Regulations for the medical services of the Army of India
Year: 1930
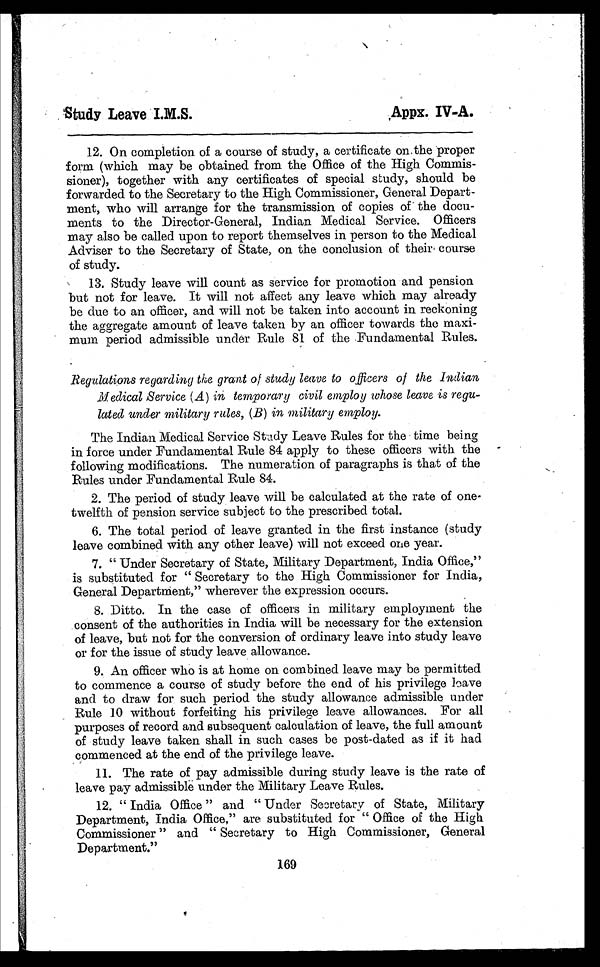
Study Leave I.M.S.
,Apex. IV-A.
12.On completion of a course of study, a certificate on the proper
form (which may be obtained from the Office of the High Commis-
sioner), together with any certificates of special study, should be
forwarded to the Secretary to the High Commissioner, General Depart-
ment, who will arrange for the transmission of copies of the docu-
ments to the Director-General, Indian Medical Service. Officers
may also be called upon to report themselves in person to the Medical
Adviser to the Secretary of State, on the conclusion of their course
of study.
13.Study leave will count as service for promotion and pension
but not for leave. It will not affect any leave which may already
be due to an officer, and will not be taken into account in reckoning
the aggregate amount of leave taken by an officer towards the maxi-
mum period admissible under Rule 81 of the Fundamental Rules.
Regulations regarding the grant of study leave to officers of the Indian
Medical Service (A ) in temporary civil employ whose leave is regu-
lated under military rules, (B) in military employ.
The Indian Medical Service Study Leave Rules for the time being
in force under Fundamental Rule 84 apply to these officers with the
following modifications. The numeration of paragraphs is that of the
Rules under Fundamental Rule 84.
2. The period of study leave will be calculated at the rate of one-
twelfth of pension service subject to the prescribed total.
6. The total period of leave granted in the first instance (study
leave combined with any other leave) will not exceed one year.
7.
“ Under Secretary of State, Military Department, India Office,”
is substituted for “ Secretary to the High Commissioner for India,
General Department,” wherever the expression occurs.
8. Ditto. In the case of officers in military employment the
consent of the authorities in India will be necessary for the extension
of leave, but not for the conversion of ordinary leave into study leave
or for the issue of study leave allowance.
9. An officer who is at home on combined leave may be permitted
to commence a course of study before the end of his privilege leave
and to draw for such period the study allowance admissible under
Rule 10 without forfeiting his privilege leave allowances. For all
purposes of record and subsequent calculation of leave, the full amount
of study leave taken shall in such cases be post-dated as if it had
commenced at the end of the privilege leave.
11. The rate of pay admissible during study leave is the rate of
leave pay admissible under the Military Leave Rules.
12.
“ India Office ” and “ Under Secretary of State, Military
Department, India Office,” are substituted for “ Office of the High
Commissioner ” and “ Secretary to High Commissioner, General
Department.”
169